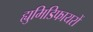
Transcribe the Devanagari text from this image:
ह्युमिडिफायरों